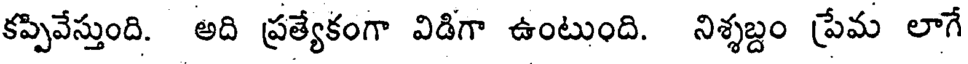
కప్పివేస్తుంది. అది ప్రత్యేకంగా విడిగా ఉంటుంది. నిశ్శబ్దం ప్రేమ లాగే